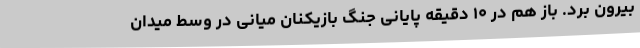
بیرون برد. باز هم در ۱۰ دقیقه پایانی جنگ بازیکنان میانی در وسط میدان